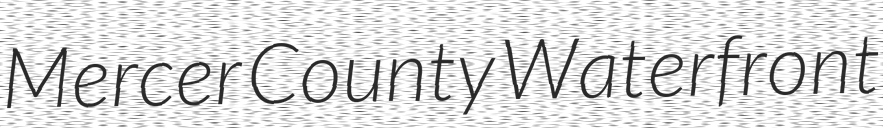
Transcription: Mercer County Waterfront